Report of the Indian Hemp Drugs Commission, 1894-1895 - Volume VI
Year: 1894
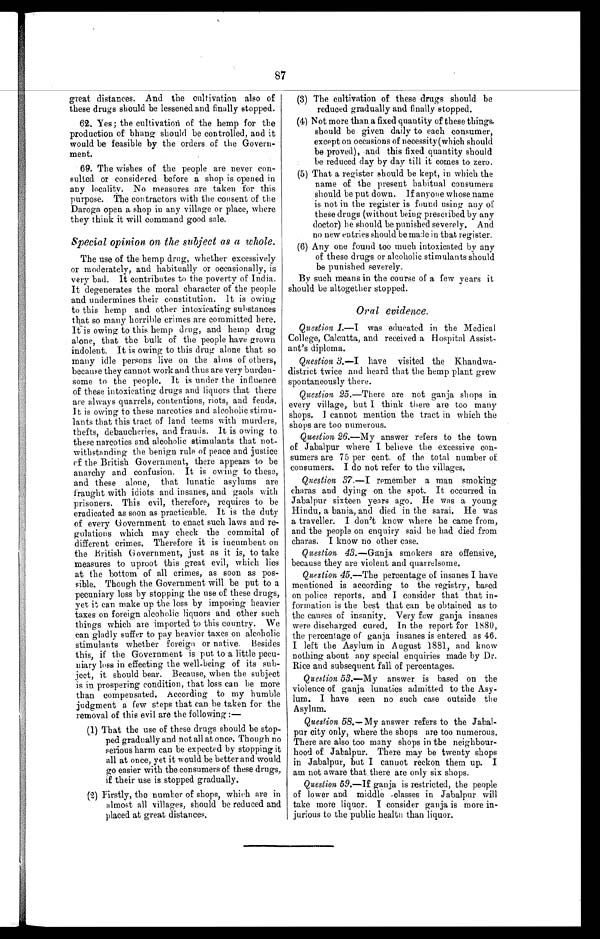
87
great distances. And the cultivation also of
these drugs should be lessened and finally stopped.
62. Yes; the cultivation of the hemp for the
production of bhang should be controlled, and it
would be feasible by the orders of the Govern-
ment.
69. The wishes of the people are never con-
sulted or considered before a shop is opened in
any locality. No measures are taken for this
purpose. The contractors with the consent of the
Daroga open a shop in any village or place, where
they think it will command good sale.
Special opinion on the subject as a whole.
The use of the hemp drug, whether excessively
or moderately, and habitually or occasionally, is
very bad. It contributes to the poverty of India.
It degenerates the moral character of the people
and undermines their constitution. It is owing
to this hemp and other intoxicating substances
that so many horrible crimes are committed here.
It is owing to this hemp drug, and hemp drug
alone, that the bulk of the people have grown
indolent. It is owing to this drug alone that so
many idle persons live on the alms of others,
because they cannot work and thus are very burden-
some to the people. It is under the influence
of these intoxicating drugs and liquors that there
are always quarrels, contentions, riots, and feuds.
It is owing to these narcotics and alcoholic stimu-
lants that this tract of land teems with murders,
thefts, debaucheries, and frauds. It is owing to
these narcotics and alcoholic stimulants that not-
withstanding the benign rule of peace and justice
of the British Government, there appears to be
anarchy and confusion. It is owing to these,
and these alone, that lunatic asylums are
fraught with idiots and insanes, and gaols with
prisoners. This evil, therefore, requires to be
eradicated as soon as practicable. It is the duty
of every Government to enact such laws and re-
gulations which may check the commital of
different crimes. Therefore it is incumbent on
the British Government, just as it is, to take
measures to uproot this great evil, which lies
at the bottom of all crimes, as soon as pos-
sible. Though the Government will be put to a
pecuniary loss by stopping the use of these drugs,
yet it can make up the loss by imposing heavier
taxes on foreign alcoholic liquors and other such
things which are imported to this country. We
can gladly suffer to pay heavier taxes on alcoholic
stimulants whether foreign or native. Besides
this, if the Government is put to a little pecu-
niary loss in effecting the well-being of its sub
-ject, it should bear. Because, when the subject
is in prospering condition, that loss can be more
than compensated. According to my humble
judgment a few steps that can be taken for the
removal of this evil are the following :—
(1) That the use of these drugs should be stop-
ped gradually and not all at once. Though no
serious harm can be expected by stopping it
all at once, yet it would be better and would
go easier with the consumers of these drugs,
if their use is stopped gradually.
(2) Firstly, the number of shops, which are in
almost all villages, should be reduced and
placed at great distances.
(3) The cultivation of these drugs should be
reduced gradually and finally stopped.
(4) Not more than a fixed quantity of these things
should be given daily to each consumer,
except on occasions of necessity (which should
be proved), and this fixed quantity should
be reduced day by day till it comes to zero.
(5) That a register should be kept, in which the
name of the present habitual consumers
should be put down. If anyone whose name
is not in the register is found using any of
these drugs (without being prescribed by any
doctor) he should be punished severely. And
no new entries should be made in that register.
(6) Any one found too much intoxicated by any
of these drugs or alcoholic stimulants should
be punished severely.
By such means in the course of a few years it
should be altogether stopped.
Oral evidence.
Question 1.— I was educated in the Medical
College, Calcutta, and received a Hospital Assist-
ant's diploma.
Question 3. —I have visited the Khandwa-
district twice and heard that the hemp plant grew
spontaneously there.
Question 25. —There are not ganja shops in
every village, but I think there are too many
shops. I cannot mention the tract in which the
shops are too numerous.
Question 26. —My answer refers to the town
of Jabalpur where I believe the excessive con-
sumers are 75 per cent. of the total number of
consumers. I do not refer to the villages.
Question 37. —I remember a man smoking
charas and dying on the spot. It occurred in
Jabalpur sixteen years ago. He was a young
Hindu, a bania, and died in the sarai. He was
a traveller. I don't know where be came from,
and the people on enquiry said he had died from
charas. I know no other case.
Question 43. —Ganja smokers are offensive,
because they are violent and quarrelsome.
Question 45.—The percentage of insanes I have
mentioned is according to the registry, based
on police reports, and I consider that that in-
formation is the best that can be obtained as to
the causes of insanity. Very few ganja insanes
were discharged cured. In the report for 1880,
the percentage of ganja insanes is entered as 46.
I left the Asylum in August 1881, and know
nothing about any special enquiries made by Dr.
Rice and subsequent fall of percentages.
Question 53.—My answer is based on the
violence of ganja lunatics admitted to the Asy-
lum. I have seen no such case outside the
Asylum.
Question 58.— My answer refers to the Jabal-
pur city only, where the shops are too numerous.
There are also too many shops in the neighbour-
hood of Jabalpur. There may be twenty shops
in Jabalpur, but I cannot reckon them up. I
am not aware that . there are only six shops.
Question 59.—If ganja is restricted, the people
of lower and middle classes in Jabalpur will
take more liquor. I consider ganja is more in-
jurious to the public health than liquor.